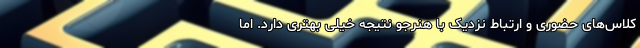
کلاس‌های حضوری و ارتباط نزدیک با هنرجو نتیجه خیلی بهتری دارد. اما